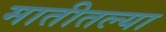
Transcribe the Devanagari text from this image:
मातीतल्या